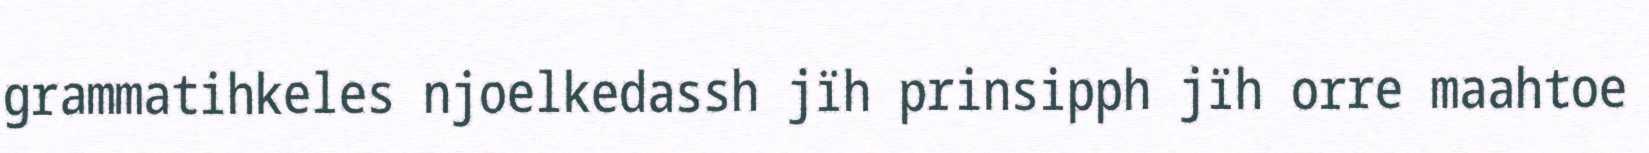
grammatihkeles njoelkedassh jïh prinsipph jïh orre maahtoe